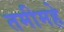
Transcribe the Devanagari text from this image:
तमीमहे